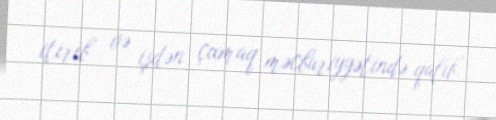
itirib və işdən çıxmaq məcburiyyətində qalıb.